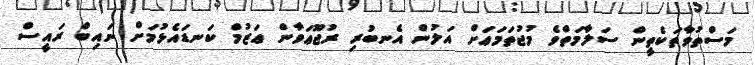
މަސްތުވާތަކެތީން ސަލާމަތްވެ މުޖުތަމަޢަށް އަލުން އެނބުރި ރުޖޫޢަވާން ޢަޒުމް ކަނޑައެޅުމަށް ނައިބް ރައީސް